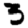
Digit: 3